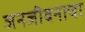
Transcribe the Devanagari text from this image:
जनजीवनाचा